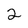
Character: 2